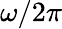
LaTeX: \omega/2\pi